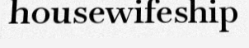
housewifeship